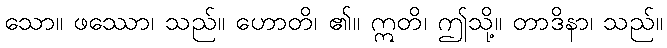
သော။ ဖဿော၊ သည်။ ဟောတိ၊ ၏။ ဣတိ၊ ဤသို့။ တာဒိနာ၊ သည်။